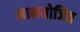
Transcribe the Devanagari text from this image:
मानयोजित